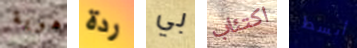
هوية ردة بي اكتئاب أبسط